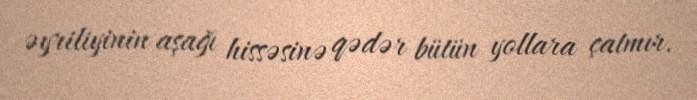
əyriliyinin aşağı hissəsinə qədər bütün yollara çatmır.